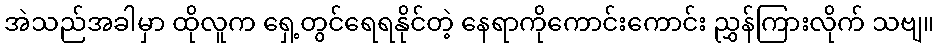
အဲသည်အခါမှာ ထိုလူက ရှေ့တွင်ရေရနိုင်တဲ့ နေရာကိုကောင်းကောင်း ညွှန်ကြားလိုက် သဗျ။